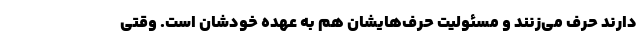
دارند حرف می‌زنند و مسئولیت حرف‌هایشان هم به عهده خودشان است. وقتی